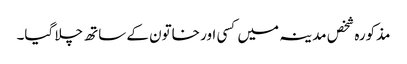
مذکورہ شخص مدینہ میں کسی اور خاتون کے ساتھ چلا گیا۔